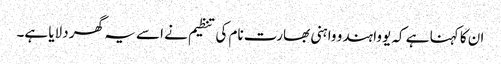
ان کا کہنا ہے کہ یووا ہندو واہنی بھارت نام کی تنظیم نے اسے یہ گھر دلایا ہے۔